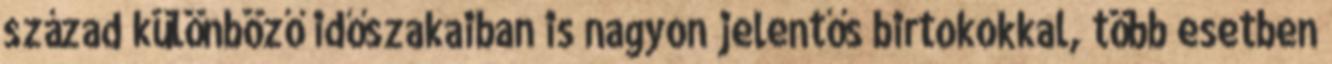
század különböző időszakaiban is nagyon jelentős birtokokkal, több esetben